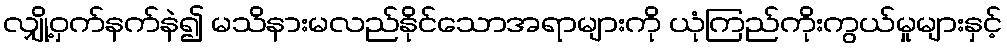
လျှို့ဝှက်နက်နဲ၍ မသိနားမလည်နိုင်သောအရာများကို ယုံကြည်ကိုးကွယ်မှုများနှင့်